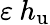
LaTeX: \varepsilon\: h_{\mathrm{u}}